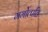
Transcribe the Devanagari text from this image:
गर्भोत्पत्ति